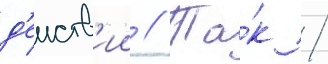
д'еиств'ии // Та́к /